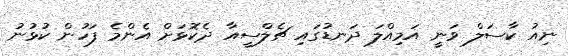
ނިއު ކާސަލް ވަނީ އަމިއްލަ ދަނޑުގައި ޗެލްސީއާ ދެކޮޅަށް އެންމެ ފަހުން ކުޅުނު